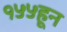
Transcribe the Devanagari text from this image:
१५५हून